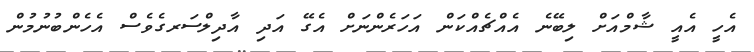
އެހީ އެއީ ޝާމްއަށް ލިބޭނެ އެއްޗެއްކަން އަހަރެންނަށް އެގޭ އަދި އާދިލްސަރގެވެސް އެހެންބުނުމުން